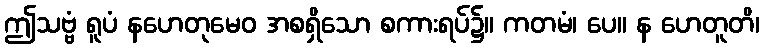
ဤသဗ္ဗံ ရူပံ နဟေတုမေဝ အစရှိသော စကားရပ်၌။ ကတမံ၊ ပေ။ န ဟေတူတိ၊